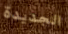
الجديدة